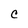
Character: C